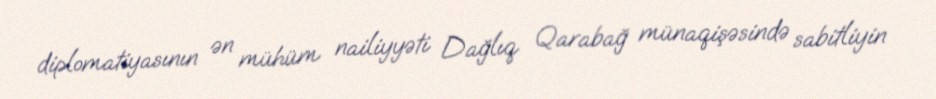
diplomatiyasının ən mühüm nailiyyəti Dağlıq Qarabağ münaqişəsində sabitliyin